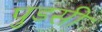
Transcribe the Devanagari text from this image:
पुडसी